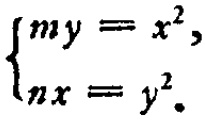
\(\begin{cases}my = x^{2},\\nx = y^{2}.\end{cases}\)